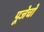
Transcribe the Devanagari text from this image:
पूजेचो